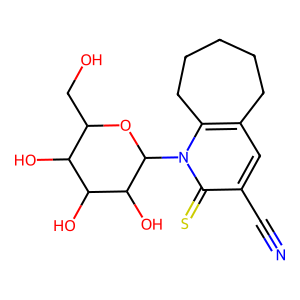
SMILES: N#Cc1cc2c(n(C3OC(CO)C(O)C(O)C3O)c1=S)CCCCC2
Inhibits HIV replication: No